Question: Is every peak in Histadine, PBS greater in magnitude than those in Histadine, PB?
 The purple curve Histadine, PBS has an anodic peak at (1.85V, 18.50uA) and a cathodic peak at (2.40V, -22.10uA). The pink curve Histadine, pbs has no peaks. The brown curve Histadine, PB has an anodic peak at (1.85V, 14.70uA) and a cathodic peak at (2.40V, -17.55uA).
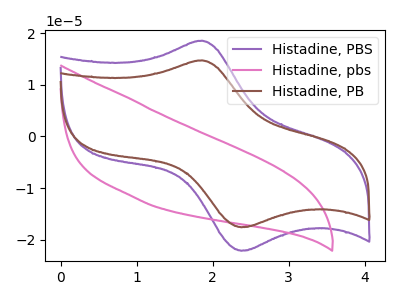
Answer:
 <answer>Every peak in "Histadine, PBS" is higher than every peak in "Histadine, PB".</answer>
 <eval>higher</eval>